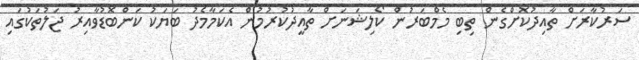
ސަރުކާރަށް ތާއިދުކޮށްގެން ތިބި މެމްބަރުން ކޯލިޝަނަށް ތާއީދުކުރުމުން އެކަމާމެދު ބަޔަކު ކަންބޮޑުވާއިރު ޖަލުތަކުގައި